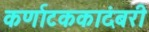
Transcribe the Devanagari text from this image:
कर्णाटककादंबरी